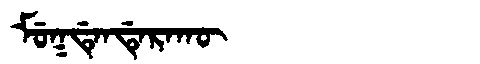
Manchu: ᠮᡠᡴᡩᡝᠨᡩᡝᡵᠠᡴᡡ
Romanization: MUKDENDERAKŪ